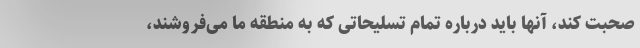
صحبت کند، آنها باید درباره تمام تسلیحاتی که به منطقه ما می‌فروشند،